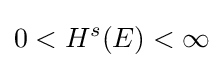
0<H^{s}(E)<\infty